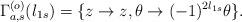
LaTeX: \begin{align*}\Gamma_{a,s}^{(o)}(l_{1s})=\{z\rightarrow z,\theta\rightarrow(-1)^{2l_{1s}}\theta\}.\end{align*}